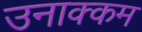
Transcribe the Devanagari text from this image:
उनाक्कम